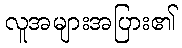
လူအများအပြား၏